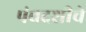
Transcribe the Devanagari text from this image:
पंचदशीचे